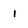
Character: 1